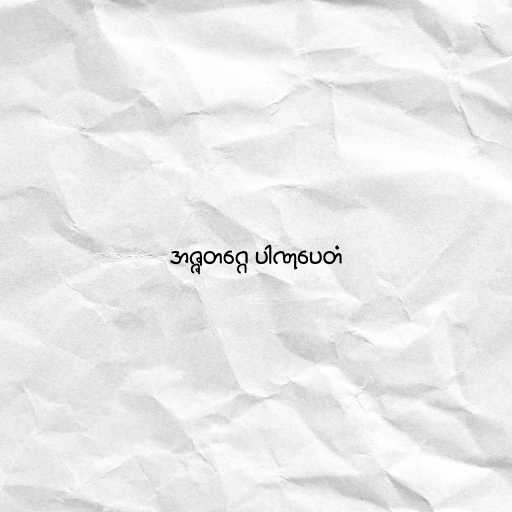
အဇ္ဇတဂ္ဂေ ပါဏုပေတံ